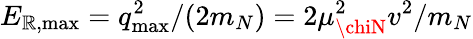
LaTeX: E_{\mathbb{R},\mathrm{{max}}}=q_{\mathrm{{max}}}^{2}/(2m_{N})=2\mu_{\chiN}^{2}v^{2}/m_{N}